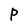
Character: P